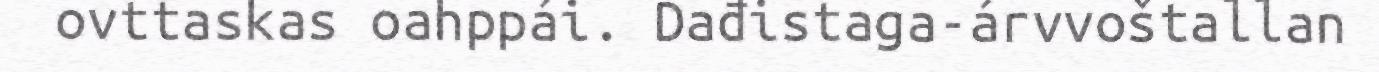
ovttaskas oahppái. Dađistaga-árvvoštallan